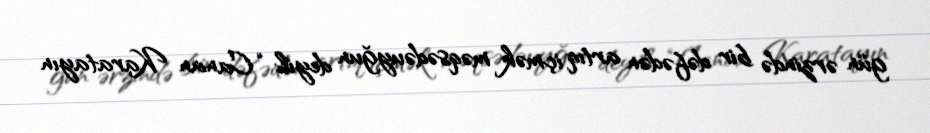
gün ərzində bir dəfədən artıq içmək məqsədəuyğun deyil: “Canan Karatayın